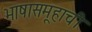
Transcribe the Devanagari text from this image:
भाषासमूहाची